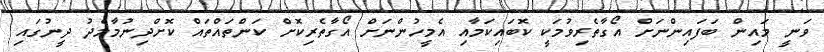
ވަނީ މައިން ބަފައިންނަށް އޯގާތެރިވުމަކީ ކޮބައިކަމާއި އެމީހުންނަށް އޯގާތެރިކޮށް ކަންތައްތައް ކޮށްދިނުމާމެދު ދީނުގައި